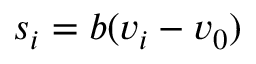
s _ { i } = b ( v _ { i } - v _ { 0 } )